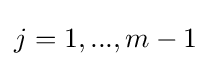
j=1,...,m-1